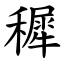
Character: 穉